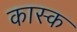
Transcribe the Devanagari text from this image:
कास्क